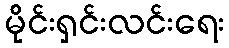
မိုင်းရှင်းလင်းရေး